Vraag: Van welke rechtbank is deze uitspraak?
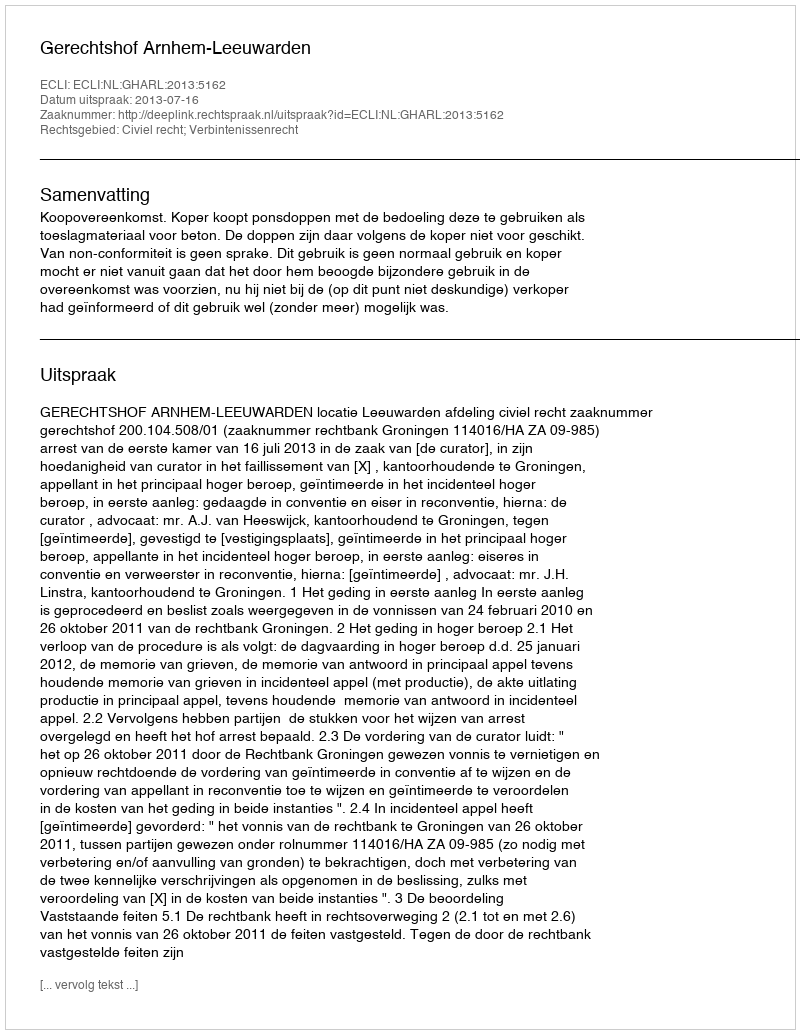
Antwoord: Gerechtshof Arnhem-Leeuwarden